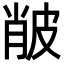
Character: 𤿨